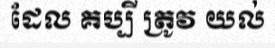
ដែល គប្បី ត្រូវ យល់